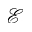
\mathcal { E }